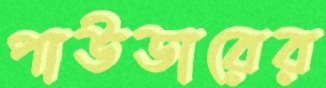
পাউডারের